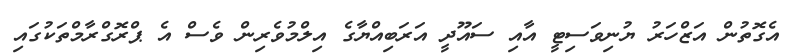
އެގޮތުން އަޒްހަރު ޔުނިވަސިޓީ އާއި ސައޫދީ އަރަބިއްޔާގެ އިލްމުވެރިން ވެސް އެ ޕްރޮގްރާމްތަކުގައި